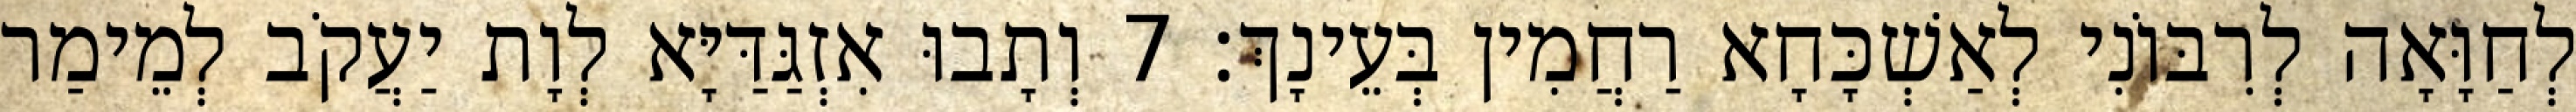
לְחַוָּאָה לְרִבּוֹנִי לְאַשְׁכָּחָא רַחֲמִין בְּעֵינָךְ׃ 7 וְתָבוּ אִזְגַּדַּיָּא לְוָת יַעֲקֹב לְמֵימַר